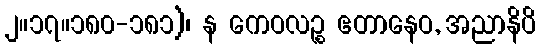
၂။၁၇။၁၈၀-၁၈၁)၊ န ကေဝလဉ္စ ဧတာနေဝ, အညာနိပိ